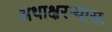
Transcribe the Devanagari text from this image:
अथाक्षरन्यासः